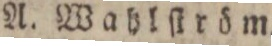
A. Wahlſtröm.